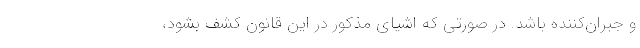
و جبران‌کننده باشد. در صورتی که اشیای مذکور در این قانون کشف بشود،